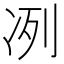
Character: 冽